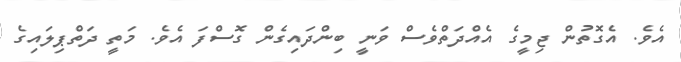
އެވެ. އެގޮތުން ޖިމީގެ އެއްދަތްވެސް ވަނީ ބިންދައިގެން ގޮސްފަ އެވެ. މަތީ ދަތްޕިލައިގެ